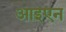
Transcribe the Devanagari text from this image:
आइएन